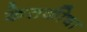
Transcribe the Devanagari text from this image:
केतकीचा